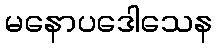
မနောပဒေါသေန